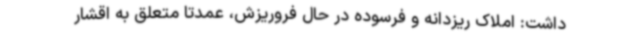
داشت: املاک ریزدانه و فرسوده در حال فروریزش،‌ عمدتا متعلق به اقشار